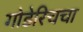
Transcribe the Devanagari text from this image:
गोडेरिचचा